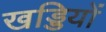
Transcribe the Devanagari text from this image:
खड्डियों